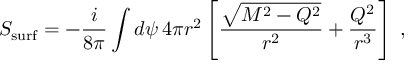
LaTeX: S _ { \mathrm { s u r f } } = - { \frac { i } { 8 \pi } } \int d \psi \, 4 \pi r ^ { 2 } \left[ { \frac { \sqrt { M ^ { 2 } - Q ^ { 2 } } } { r ^ { 2 } } } + { \frac { Q ^ { 2 } } { r ^ { 3 } } } \right] \; ,